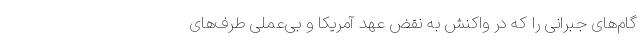
گام‌های جبرانی را که در واکنش به نقض عهد آمریکا و بی‌عملی طرف‌های